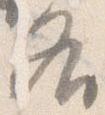
各